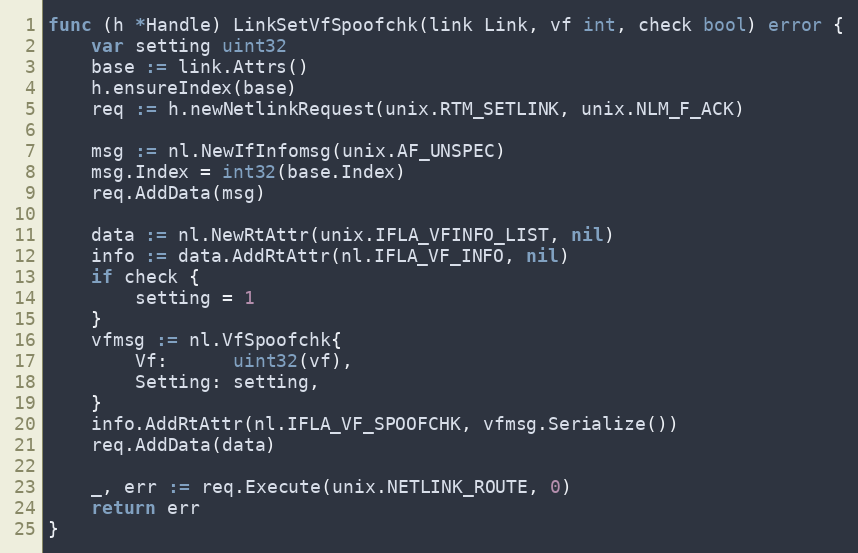
Language: Go
func (h *Handle) LinkSetVfSpoofchk(link Link, vf int, check bool) error {
	var setting uint32
	base := link.Attrs()
	h.ensureIndex(base)
	req := h.newNetlinkRequest(unix.RTM_SETLINK, unix.NLM_F_ACK)

	msg := nl.NewIfInfomsg(unix.AF_UNSPEC)
	msg.Index = int32(base.Index)
	req.AddData(msg)

	data := nl.NewRtAttr(unix.IFLA_VFINFO_LIST, nil)
	info := data.AddRtAttr(nl.IFLA_VF_INFO, nil)
	if check {
		setting = 1
	}
	vfmsg := nl.VfSpoofchk{
		Vf:      uint32(vf),
		Setting: setting,
	}
	info.AddRtAttr(nl.IFLA_VF_SPOOFCHK, vfmsg.Serialize())
	req.AddData(data)

	_, err := req.Execute(unix.NETLINK_ROUTE, 0)
	return err
}